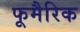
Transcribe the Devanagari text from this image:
फूमैरिक